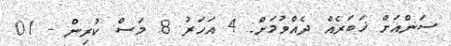
ސަންއަށް ޚަބަރެއް ދެއްވުމަށް: 4 އަހަރު 8 މަސް ކުރިން - 01